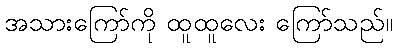
အသားကြော်ကို ထူထူလေး ကြော်သည်။